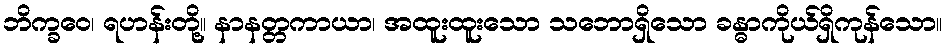
ဘိက္ခဝေ၊ ရဟန်းတို့။ နာနတ္တကာယာ၊ အထူးထူးသော သဘောရှိသော ခန္ဓာကိုယ်ရှိကုန်သော။